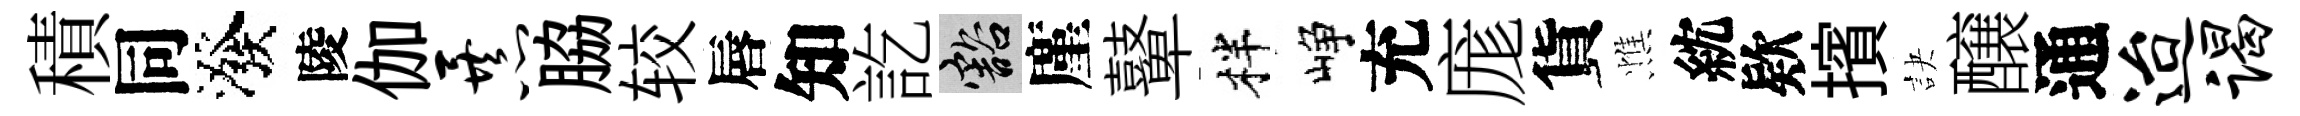
積同潑陵伽暴脇较唇知訖豁廑鼙柈峥充庬貨憔紞欵擯訣醸通迨谒